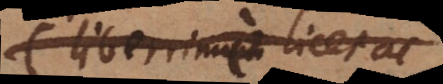
(liberrime licet ac